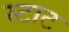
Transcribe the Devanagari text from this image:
स्टाट